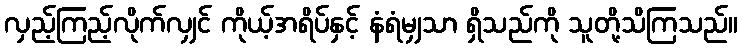
လှည့်ကြည့်လိုက်လျှင် ကိုယ့်အရိပ်နှင့် နံရံမျှသာ ရှိသည်ကို သူတို့သိကြသည်။